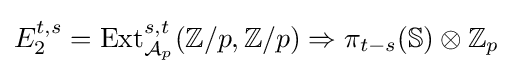
E_{2}^{t,s}=\operatorname {Ext} _{{\mathcal {A}}_{p}}^{s,t}(\mathbb {Z} /p,\mathbb {Z} /p)\Rightarrow \pi _{t-s}(\mathbb {S} )\otimes \mathbb {Z} _{p}